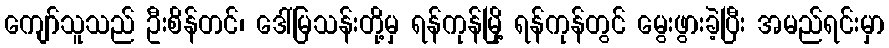
ကျော်သူသည် ဦးစိန်တင်၊ ဒေါ်မြသန်းတို့မှ ရန်ကုန်မြို့ ရန်ကုန်တွင် မွေးဖွားခဲ့ပြီး အမည်ရင်းမှာ